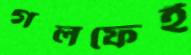
গলফেই